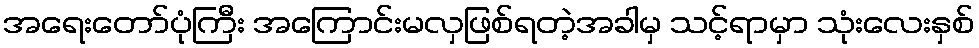
အရေးတော်ပုံကြီး အကြောင်းမလှဖြစ်ရတဲ့အခါမှ သင့်ရာမှာ သုံးလေးနှစ်